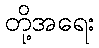
တို့အရေး